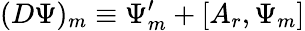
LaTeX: (D\Psi)_{m}\equiv\Psi_{m}^{\prime}+[A_{r},\Psi_{m}]